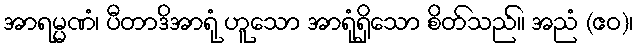
အာရမ္မဏံ၊ ပီတာဒိအာရုံ ဟူသော အာရုံရှိသော စိတ်သည်။ အညံ (ဧဝ)၊